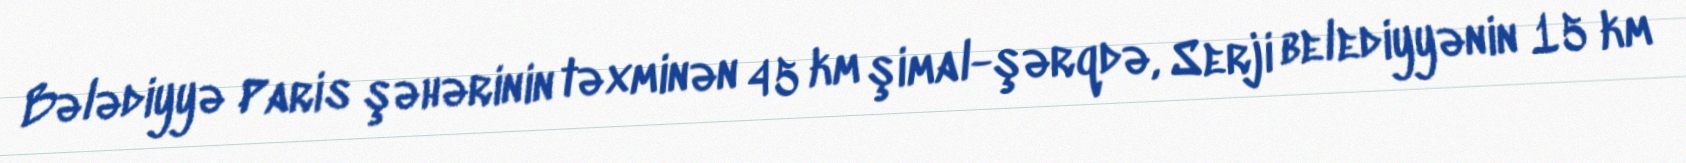
Bələdiyyə Paris şəhərinin təxminən 45 km şimal-şərqdə, Serji belediyyənin 15 km